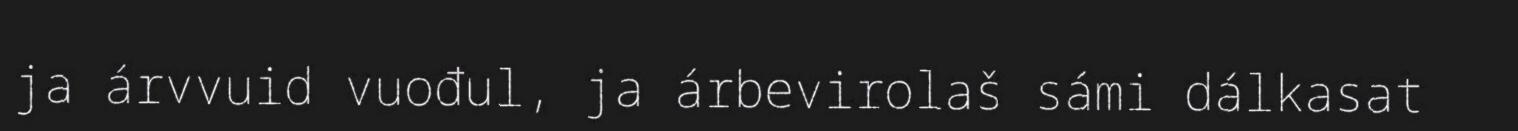
ja árvvuid vuođul, ja árbevirolaš sámi dálkasat